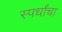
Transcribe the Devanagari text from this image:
स्पर्धांंचा